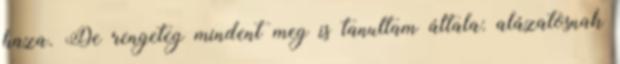
haza. De rengeteg mindent meg is tanultam általa: alázatosnak